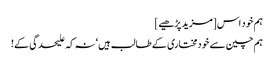
ہم خود اس [مزید پڑھیے]
ہم چین سے خودمختاری کے طالب ہیں‘ نہ کہ علیحدگی کے!